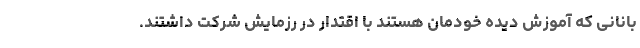
بانانی که آموزش دیده خودمان هستند با اقتدار در رزمایش شرکت داشتند.